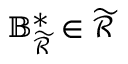
\mathbb { B } _ { \mathcal { \widetilde { R } } } ^ { \ast } \in \mathcal { \widetilde { R } }